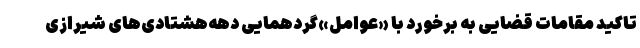
تاکید مقامات قضایی به برخورد با «عوامل»‌گردهمایی دهه‌هشتادی‌های شیرازی